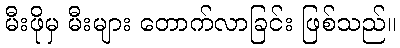
မီးဖိုမှ မီးများ တောက်လာခြင်း ဖြစ်သည်။